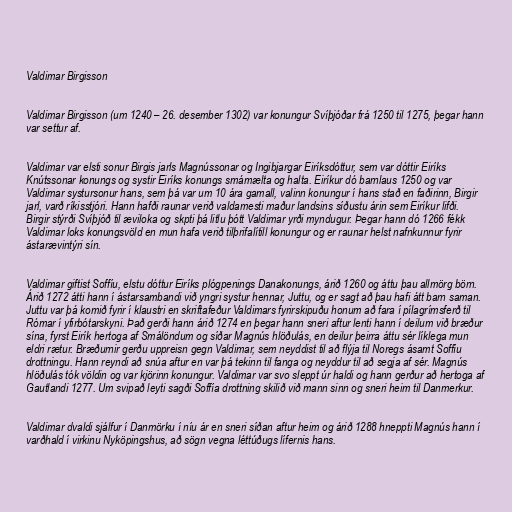
Valdimar Birgisson

Valdimar Birgisson (um 1240 – 26. desember 1302) var konungur Svíþjóðar frá 1250 til 1275, þegar hann
var settur af.

Valdimar var elsti sonur Birgis jarls Magnússonar og Ingibjargar Eiríksdóttur, sem var dóttir Eiríks
Knútssonar konungs og systir Eiríks konungs smámælta og halta. Eiríkur dó barnlaus 1250 og var
Valdimar systursonur hans, sem þá var um 10 ára gamall, valinn konungur í hans stað en faðirinn, Birgir
jarl, varð ríkisstjóri. Hann hafði raunar verið valdamesti maður landsins síðustu árin sem Eiríkur lifði.
Birgir stýrði Svíþjóð til æviloka og skpti þá litlu þótt Valdimar yrði myndugur. Þegar hann dó 1266 fékk
Valdimar loks konungsvöld en mun hafa verið tilþrifalítill konungur og er raunar helst nafnkunnur fyrir
ástarævintýri sín.

Valdimar giftist Soffíu, elstu dóttur Eiríks plógpenings Danakonungs, árið 1260 og áttu þau allmörg börn.
Árið 1272 átti hann í ástarsambandi við yngri systur hennar, Juttu, og er sagt að þau hafi átt barn saman.
Juttu var þá komið fyrir í klaustri en skriftafeður Valdimars fyrirskipuðu honum að fara í pílagrímsferð til
Rómar í yfirbótarskyni. Það gerði hann árið 1274 en þegar hann sneri aftur lenti hann í deilum við bræður
sína, fyrst Eirík hertoga af Smálöndum og síðar Magnús hlöðulás, en deilur þeirra áttu sér líklega mun
eldri rætur. Bræðurnir gerðu uppreisn gegn Valdimar, sem neyddist til að flýja til Noregs ásamt Soffíu
drottningu. Hann reyndi að snúa aftur en var þá tekinn til fanga og neyddur til að segja af sér. Magnús
hlöðulás tók völdin og var kjörinn konungur. Valdimar var svo sleppt úr haldi og hann gerður að hertoga af
Gautlandi 1277. Um svipað leyti sagði Soffía drottning skilið við mann sinn og sneri heim til Danmerkur.

Valdimar dvaldi sjálfur í Danmörku í níu ár en sneri síðan aftur heim og árið 1288 hneppti Magnús hann í
varðhald í virkinu Nyköpingshus, að sögn vegna léttúðugs lífernis hans.